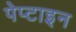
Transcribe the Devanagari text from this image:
पेप्टाइन